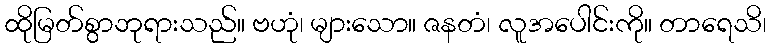
ထိုမြတ်စွာဘုရားသည်။ ဗဟုံ၊ များသော။ ဇနတံ၊ လူအပေါင်းကို။ တာရေသိ၊